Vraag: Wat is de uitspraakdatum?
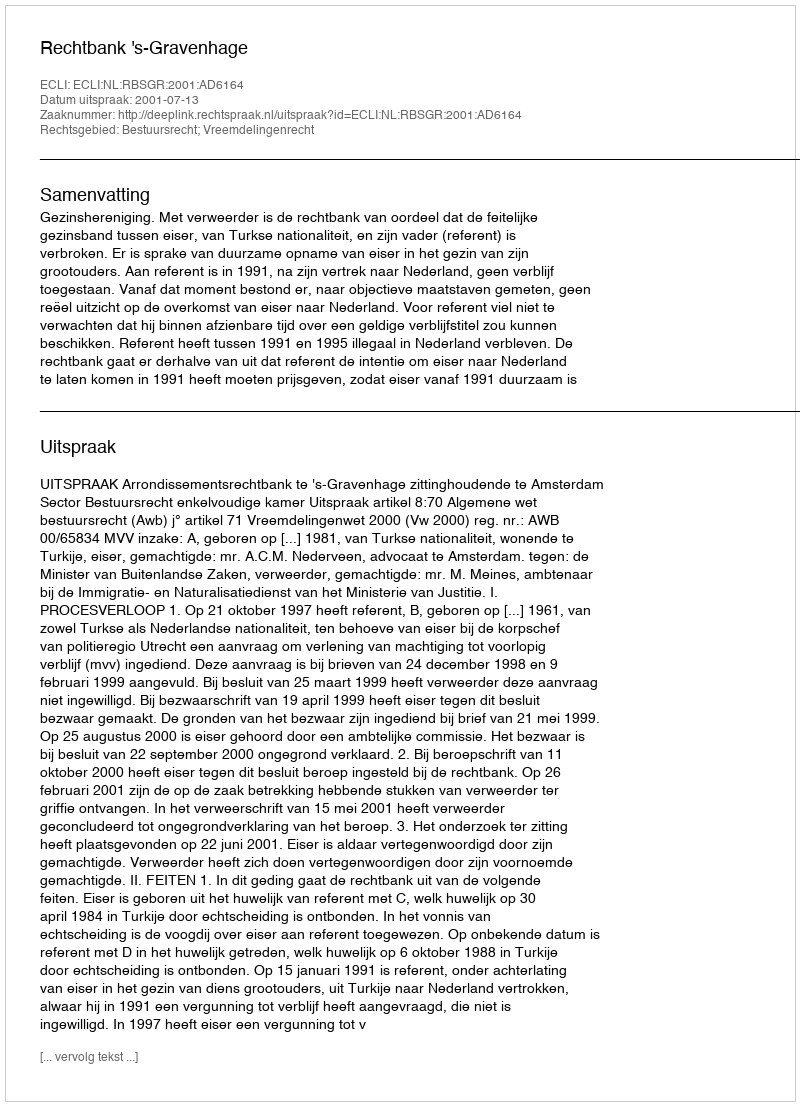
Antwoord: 2001-07-13